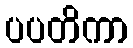
ပပတိကာ